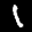
Label: 1